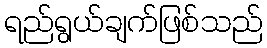
ရည်ရွယ်ချက်ဖြစ်သည်